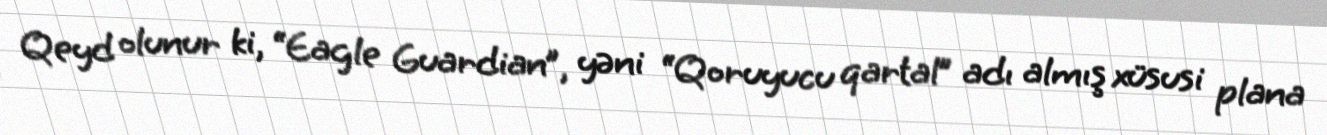
Qeyd olunur ki, “Eagle Guardian”, yəni “Qoruyucu qartal” adı almış xüsusi plana